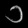
Digit: ၁